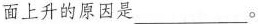
面上升的原因是___。